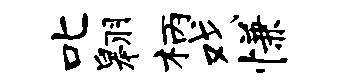
叱翱柄戏慊